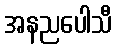
အနညပေါသီ